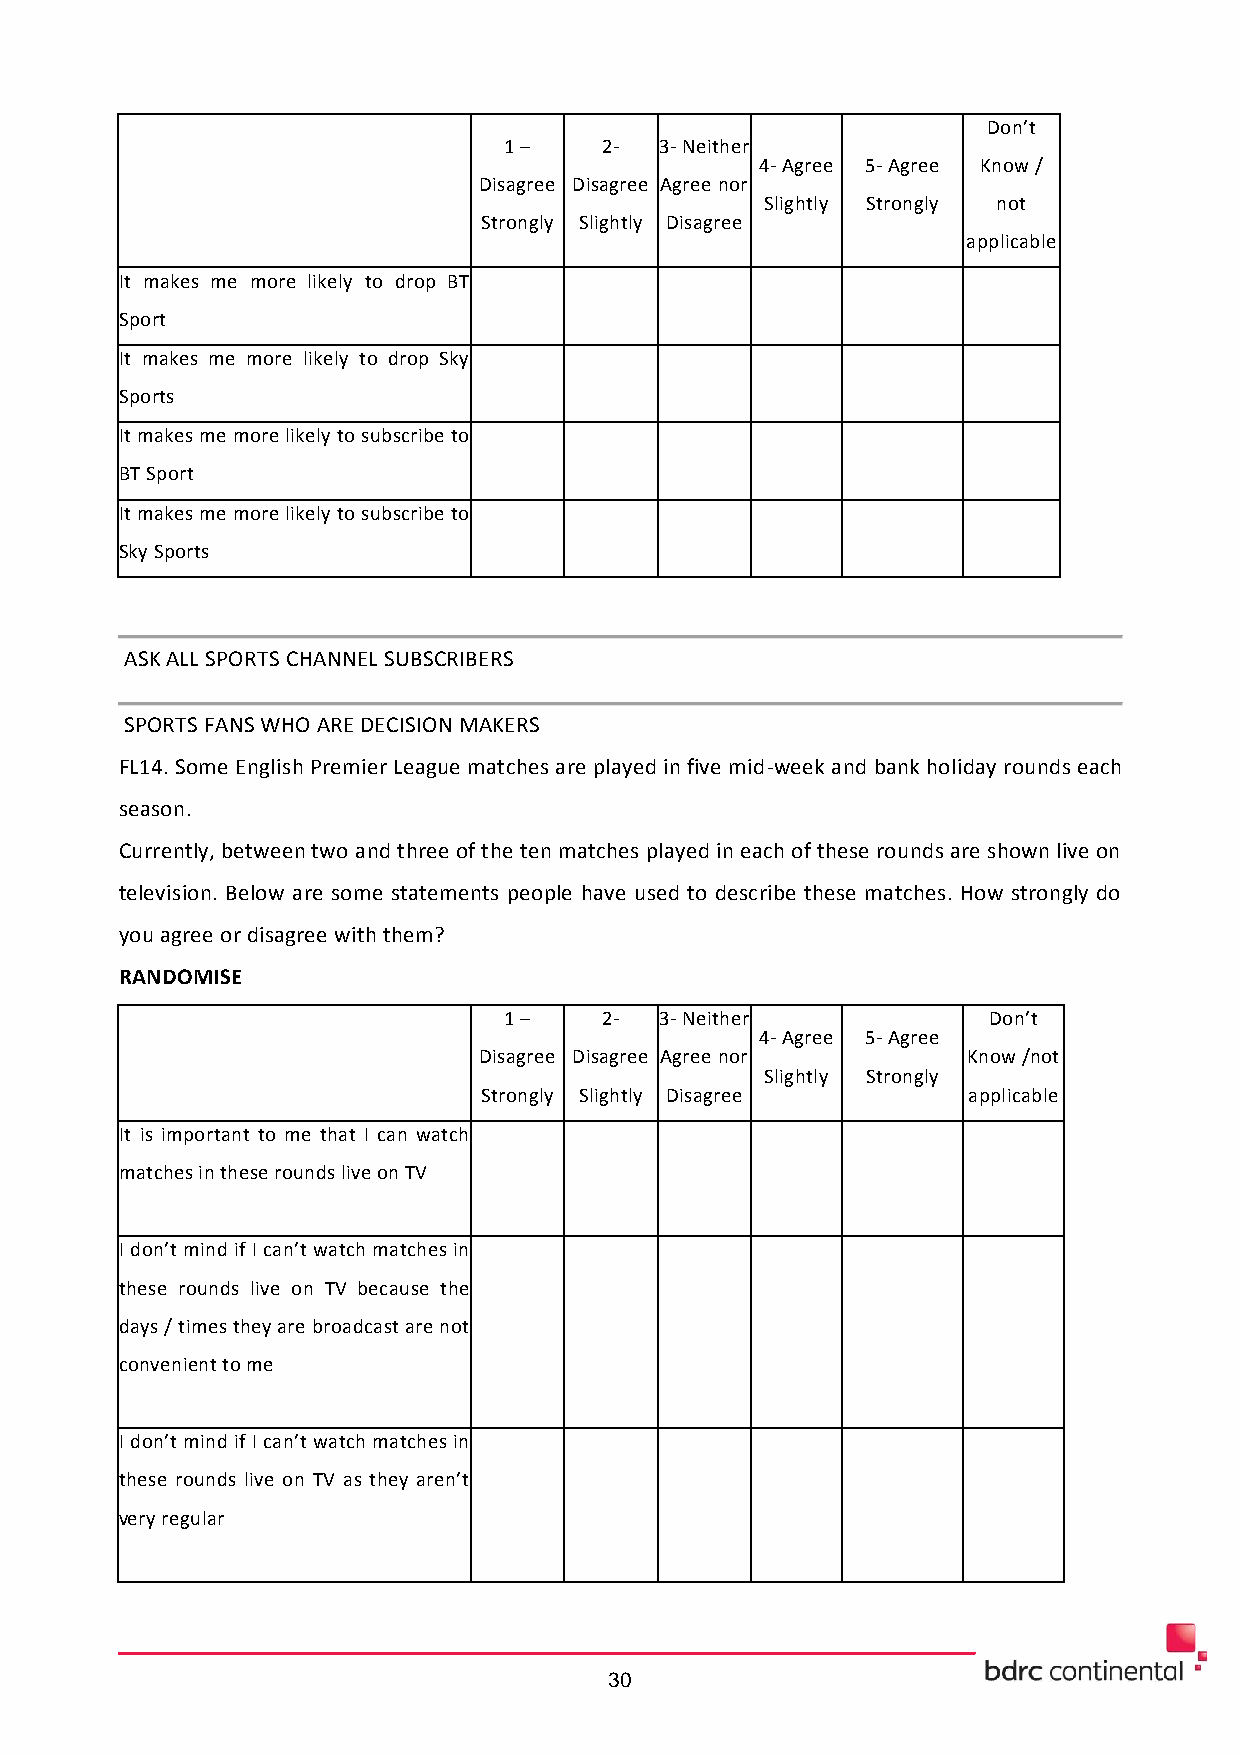
Don’t
 1 –    2-  3- Neither
 4- Agree 5- Agree Know /
 Disagree Disagree Agree nor
 Slightly Strongly not
 Strongly Slightly Disagree
 applicable
 It makes me more likely to drop BT
 Sport
 It makes me more likely to drop Sky
 Sports
 It makes me more likely to subscribe to
 BT Sport
 It makes me more likely to subscribe to
 Sky Sports
 ASK ALL SPORTS CHANNEL SUBSCRIBERS
 SPORTS FANS WHO ARE DECISION MAKERS
 FL14. Some English Premier League matches are played in five mid-week and bank holiday rounds each
 season.
 Currently, between two and three of the ten matches played in each of these rounds are shown live on
 television. Below are some statements people have used to describe these matches. How strongly do
 you agree or disagree with them?
 RANDOMISE
 1 –    2-  3- Neither           Don’t
 4- Agree 5- Agree
 Disagree Disagree Agree nor     Know /not
 Slightly Strongly
 Strongly Slightly Disagree      applicable
 It is important to me that I can watch
 matches in these rounds live on TV
 I don’t mind if I can’t watch matches in
 these rounds live on TV because the
 days / times they are broadcast are not
 convenient to me
 I don’t mind if I can’t watch matches in
 these rounds live on TV as they aren’t
 very regular
 30